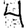
Digit: 4